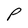
Character: P